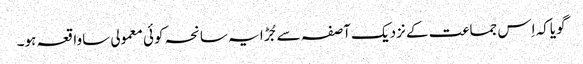
گویاکہ اِس جماعت کے نزدیک آصفہ سے جُڑا یہ سانحہ کوئی معمولی ساواقعہ ہو۔